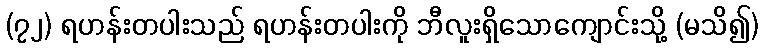
(၇၂) ရဟန်းတပါးသည် ရဟန်းတပါးကို ဘီလူးရှိသောကျောင်းသို့ (မသိ၍)